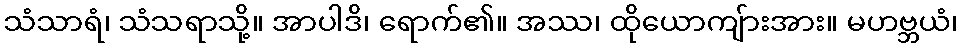
သံသာရံ၊ သံသရာသို့။ အာပါဒိ၊ ရောက်၏။ အဿ၊ ထိုယောကျ်ားအား။ မဟဗ္ဘယံ၊